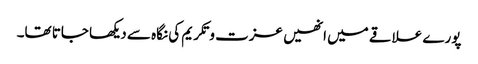
پورے علاقے میں انھیں عزت و تکریم کی نگاہ سے دیکھا جاتا تھا۔